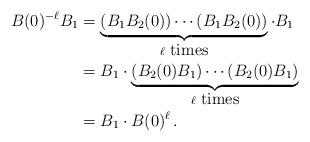
LaTeX: \begin{align*}B(0)^{-\ell} B_1 &= \underbrace{(B_1 B_2(0))\cdots (B_1 B_2(0))}_{\ell\ \mbox{times}}\cdot B_1 \\& = B_1\cdot \underbrace{(B_2(0) B_1)\cdots (B_2(0) B_1)}_{\ell\ \mbox{times}}\\&= B_1 \cdot B(0)^{\ell}\,.\end{align*}